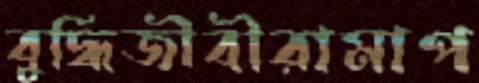
বুদ্ধিজীবীরামাপ